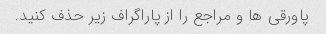
پاورقی ها و مراجع را از پاراگراف زیر حذف کنید.